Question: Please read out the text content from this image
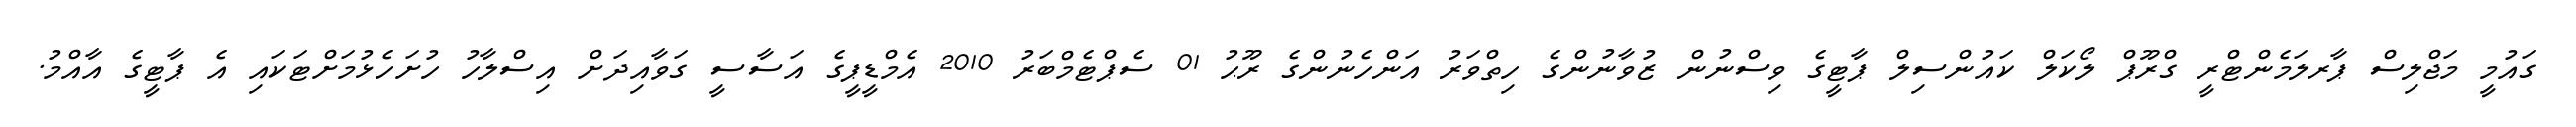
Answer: ގައުމީ މަޖްލިސް ޕާރލަމެންޓްރީ ގްރޫޕް ލޯކަލް ކައުންސިލް ޕާޓީގެ ވިސްނުން ޒުވާނުންގެ ހިތްވަރު އަންހެނުންގެ ރޫޙު 01 ސެޕްޓެމްބަރު 2010 އެމްޑީޕީގެ އަސާސީ ގަވާއިދަށް އިސްލާހު ހުށަހެޅުމަށްޓަކައި އެ ޕާޓީގެ އާއްމު.